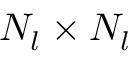
N _ { l } \times N _ { l }